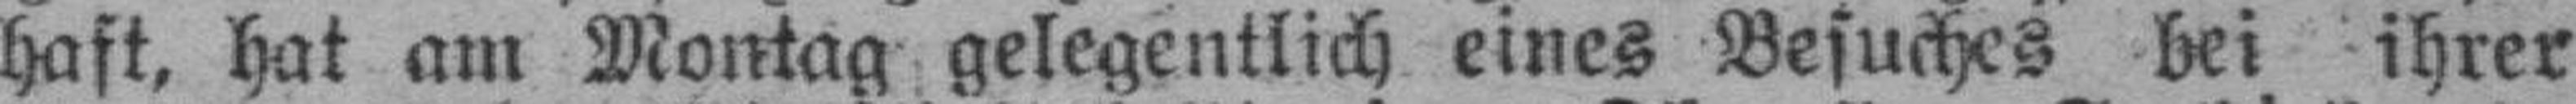
haft, hat am Montag gelegentlich eines Besuches bei ihrer